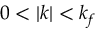
0 < | \boldsymbol { k } | < k _ { f }